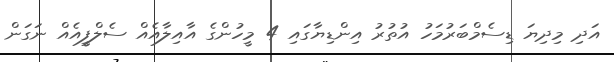
އަދި މިދިޔަ ޑިސެމްބަރުމަހު އުތުރު އިންޑިޔާގައި 4 މީހުންގެ އާއިލާއެއް ސެލްފީއެއް ނަގަން